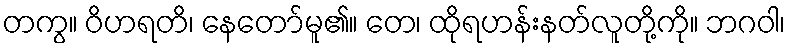
တကွ။ ဝိဟရတိ၊ နေတော်မူ၏။ တေ၊ ထိုရဟန်းနတ်လူတို့ကို။ ဘဂဝါ၊